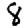
Digit: 8